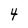
Character: 4